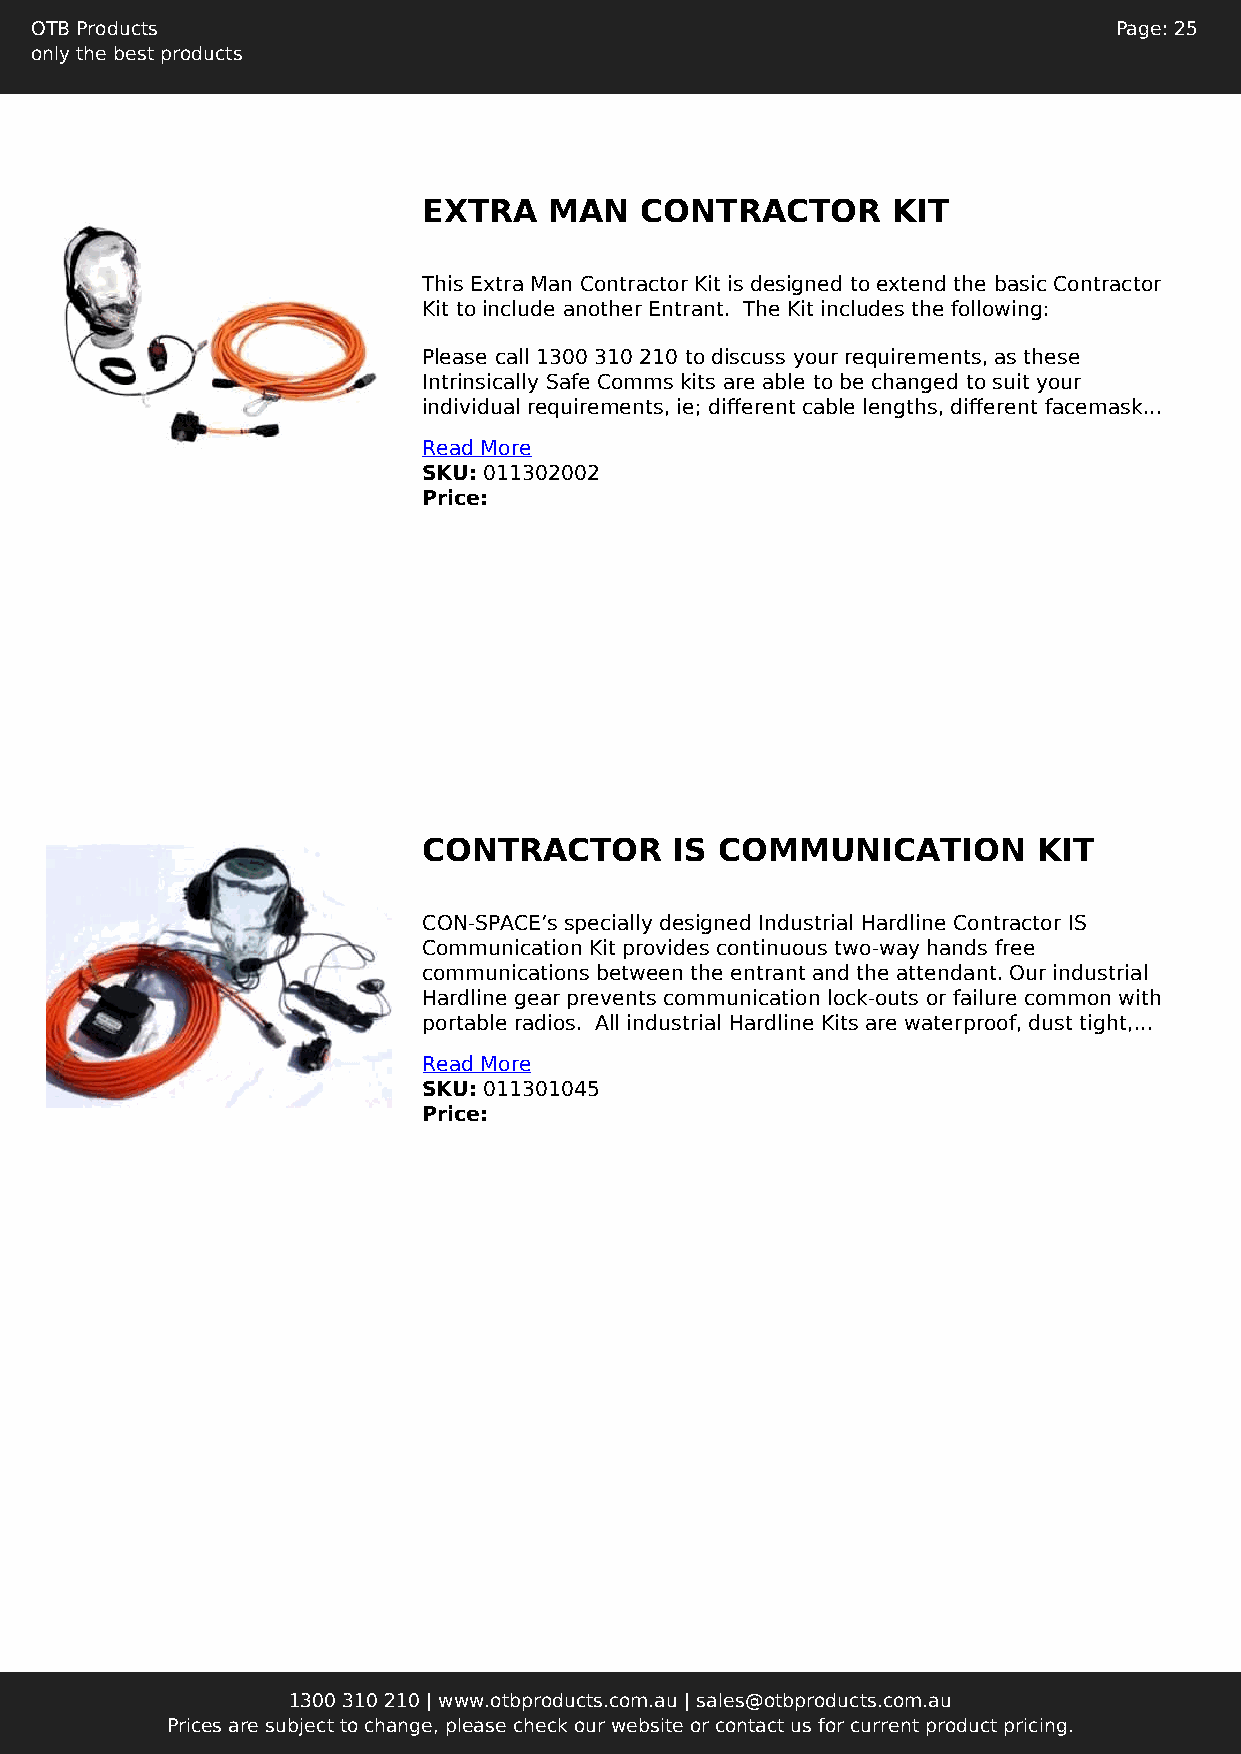
OTB Products                                                            Page: 25
 only the best products
 EXTRA   MAN   CONTRACTOR       KIT
 This Extra Man Contractor Kit is designed to extend the basic Contractor
 Kit to include another Entrant. The Kit includes the following:
 Please call 1300 310 210 to discuss your requirements, as these
 Intrinsically Safe Comms kits are able to be changed to suit your
 individual requirements, ie; different cable lengths, different facemask...
 Read More
 SKU: 011302002
 Price:
 CONTRACTOR       IS COMMUNICATION        KIT
 CON-SPACE’s specially designed Industrial Hardline Contractor IS
 Communication Kit provides continuous two-way hands free
 communications between the entrant and the attendant. Our industrial
 Hardline gear prevents communication lock-outs or failure common with
 portable radios. All industrial Hardline Kits are waterproof, dust tight,...
 Read More
 SKU: 011301045
 Price:
 1300 310 210 | www.otbproducts.com.au | sales@otbproducts.com.au
 Prices are subject to change, please check our website or contact us for current product pricing.